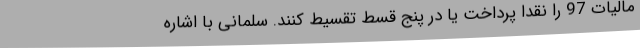
مالیات 97 را نقدا پرداخت یا در پنج قسط تقسیط کنند. سلمانی با اشاره